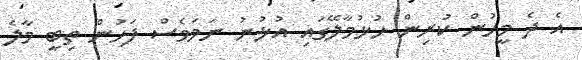
އެ ދެ މީހުން ކުރިން ހުޅުމާލޭގައި އުޅުނު ނަމަވެސް ފަހުން ތިބީ މާލެ